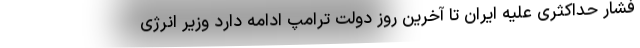
فشار حداکثری علیه ایران تا آخرین روز دولت ترامپ ادامه دارد وزیر انرژی